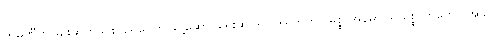
ကုမ္ပဏီက မျိုးဆက်သစ် ရေကြောင်းပို့ဆောင်ရေးဆိုင်ရာ ဒါရိုက်တာ မစ္စ အန်မာဂရိ ရစ္စ ကတော့ အခုလို